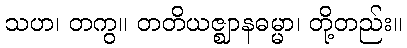
သဟ၊ တကွ။ တတိယဇ္ဈာနဓမ္မာ၊ တို့တည်း။